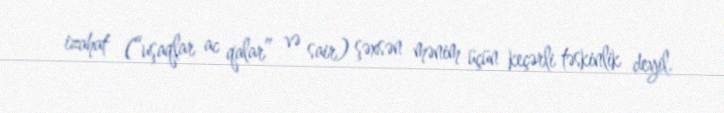
izahat (“uşaqlar ac qalar” və sair) şəxsən mənim üçün keçərli təskinlik deyil.